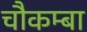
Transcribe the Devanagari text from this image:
चौकम्‍बा